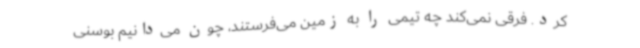
کرد. فرقی نمی‌کند چه تیمی را به زمین می‌فرستند، چون می‌دانیم بوسنی